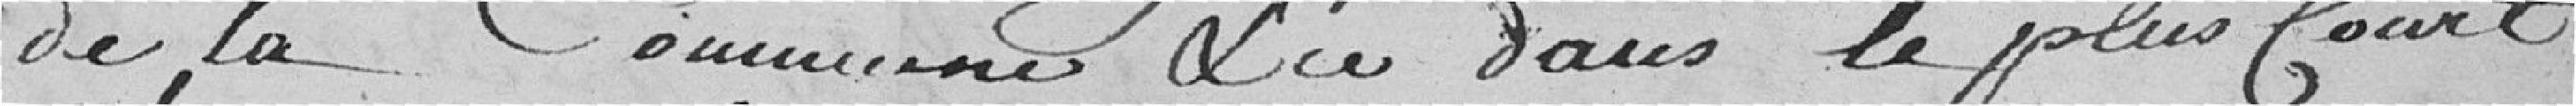
de la Commune & ce dans le plus court